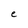
Character: e